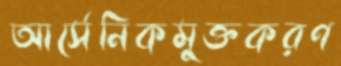
আর্সেনিকমুক্তকরণ